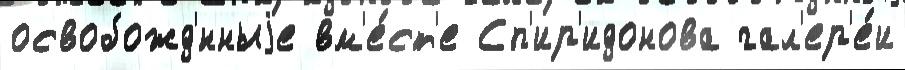
освобожд'́нныjе вм'е́ст'е Сп'ир'идонова гал'ер'е́и